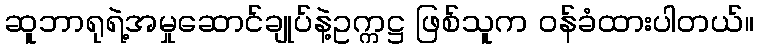
ဆူဘာရုရဲ့အမှုဆောင်ချုပ်နဲ့ဥက္ကဋ္ဌ ဖြစ်သူက ဝန်ခံထားပါတယ်။